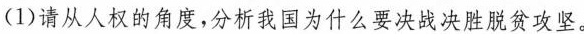
(1)请从人权的角度，分析我国为什么要决战决胜脱贫攻坚。